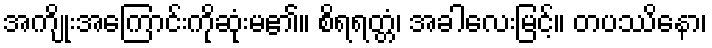
အကျိုးအကြောင်းကိုဆုံးမ၏။ စိရရတ္တံ၊ အခါလေးမြင့်။ တပဿိနော၊